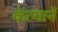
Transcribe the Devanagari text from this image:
केल्यानें